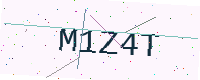
Text: M1Z4T